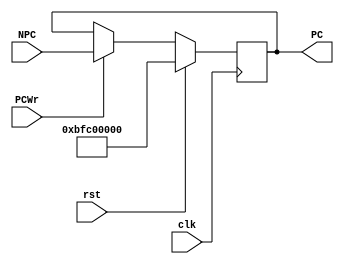
module PC(
    input clk,              //
    input rst,              //
    input PCWr,             //
    input [31:0]NPC,        //
    output reg[31:0] PC     //
);
always @(posedge clk) begin
    if(rst)
        PC <= 32'hBFC00000;
    else if(PCWr)begin
        PC <= NPC;
    end
end
endmodule